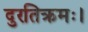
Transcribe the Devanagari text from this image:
दुरतिक्रमः।